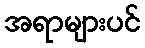
အရာများပင်